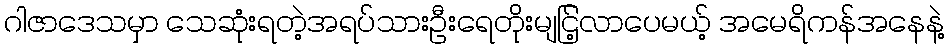
ဂါဇာဒေသမှာ သေဆုံးရတဲ့အရပ်သားဦးရေတိုးမျငြ့်လာပေမယ့် အမေရိကန်အနေနဲ့